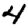
Digit: 4